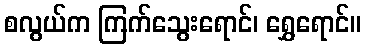
စလွယ်က ကြက်သွေးရောင်၊ ရွှေရောင်။